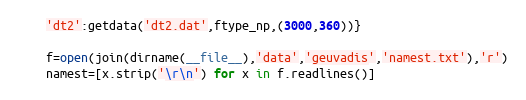
Language: Python
	'dt2':getdata('dt2.dat',ftype_np,(3000,360))}

	f=open(join(dirname(__file__),'data','geuvadis','namest.txt'),'r')
	namest=[x.strip('\r\n') for x in f.readlines()]